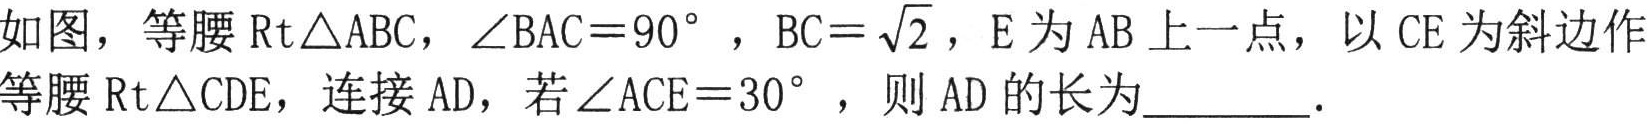
如图，等腰\(\mathrm{Rt}\triangle ABC\)，\(\angle BAC = 90^{\circ}\)，\(BC=\sqrt{2}\)，\(E\)为\(AB\)上一点，以\(CE\)为斜边作等腰\(\mathrm{Rt}\triangle CDE\)，连接\(AD\)，若\(\angle ACE = 30^{\circ}\)，则\(AD\)的长为  ．